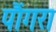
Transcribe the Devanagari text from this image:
पौंगरा